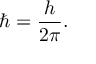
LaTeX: \hbar = { \frac { h } { 2 \pi } } .